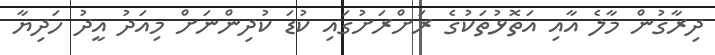
ދިރާގުން މާލެ އާއި އަތޮޅުތަކުގެ ރަށްރަށުގައި ކުޑަ ކުދިންނަށް މިއަދު އީދު ހަދިޔާ